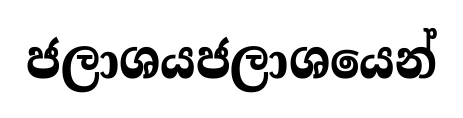
ජලාශයජලාශයෙන්